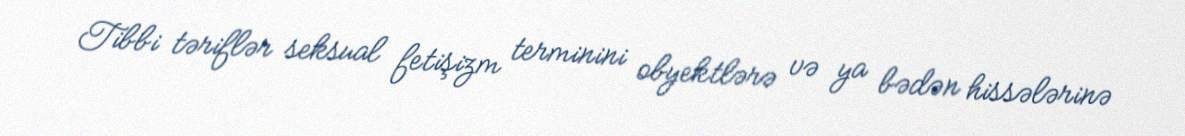
Tibbi təriflər seksual fetişizm terminini obyektlərə və ya bədən hissələrinə